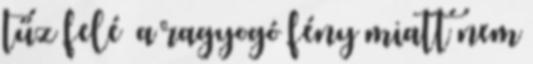
tűz felé a ragyogó fény miatt nem